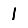
Digit: 1